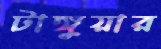
টাঙ্গুয়ার